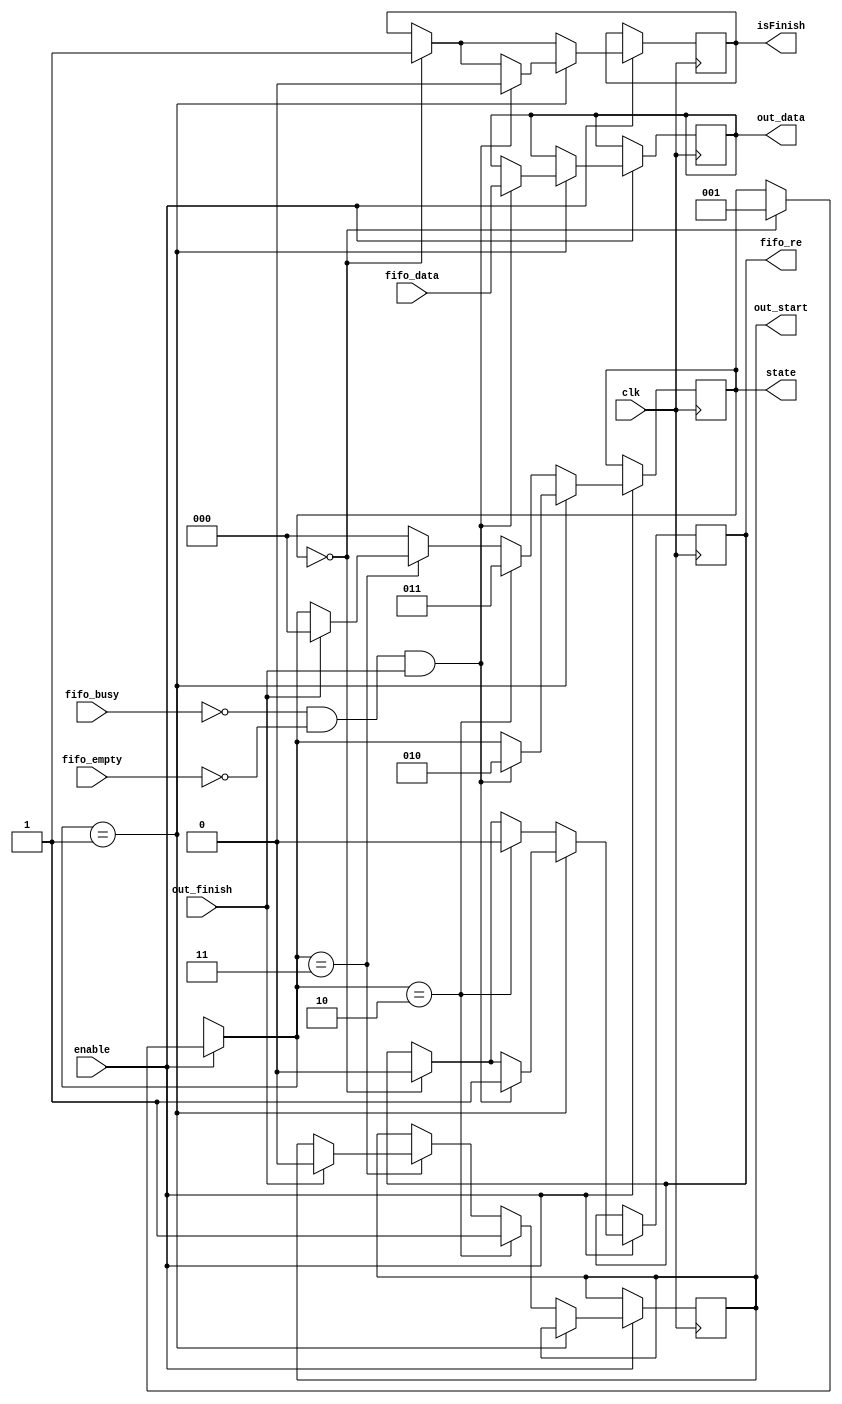
module FIFO_to_out(
  output reg isFinish,
  output reg fifo_re,
  output reg [7:0] out_data,
  output reg out_start,
  input fifo_busy,
  input fifo_empty,
  input [7:0] fifo_data,
  input out_finish,
  input clk,
  input enable,
	output reg [2:0] state );
  
  always @(posedge clk) begin
    if(enable) begin
			if(state == 0) begin
				fifo_re = 0;
        isFinish = 1;			
				state = 1;
			end
      if(state == 1) begin
				if(fifo_busy == 0 && fifo_empty == 0 && out_finish) begin
					isFinish = 0;
					fifo_re = 1;
					out_data = fifo_data;
					state = 2;        
				end
      end
      else if(state == 2) begin
        fifo_re = 0;
        out_start = 1;
        state = 3;
      end
      else if(state == 3) begin
        if(out_finish) begin
          out_start = 0;
          state = 0;
        end
      end
      else begin
				state = 0;
      end
    end
  end
  
endmodule